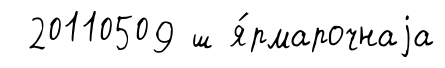
20110509 ш я́рмарочнаjа